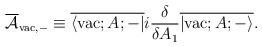
LaTeX: \begin{align*}\overline{\cal A}_{{\rm vac},-} \equiv\overline{\langle {\rm vac};A;-|} i\frac{\delta}{\delta A_1} \overline{|{\rm vac};A;- \rangle}.\end{align*}